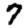
Digit: 7